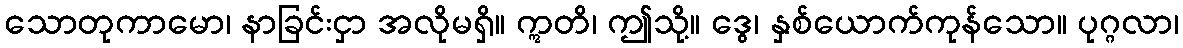
သောတုကာမော၊ နာခြင်းငှာ အလိုမရှိ။ ဣတိ၊ ဤသို့။ ဒွေ၊ နှစ်ယောက်ကုန်သော။ ပုဂ္ဂလာ၊